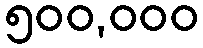
၅၀၀,၀၀၀